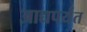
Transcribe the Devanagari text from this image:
आद्यपर्यंत